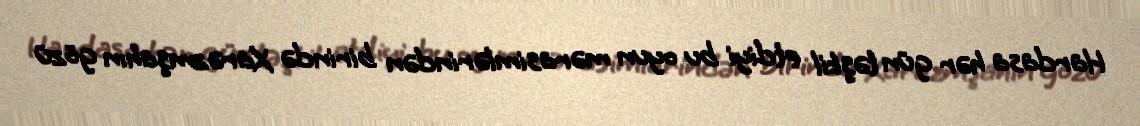
Hardasa hər gün təşkil etdiyi bu oyun mərasimlərindən birində Xarəzmşahın gözü